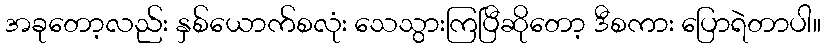
အခုတော့လည်း နှစ်ယောက်စလုံး သေသွားကြပြီဆိုတော့ ဒီစကား ပြောရဲတာပါ။